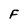
Character: F